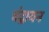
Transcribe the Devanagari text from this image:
चंद्रायन